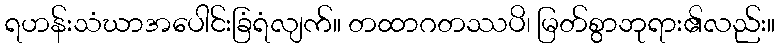
ရဟန်းသံဃာအပေါင်းခြံရံလျက်။ တထာဂတဿပိ၊ မြတ်စွာဘုရား၏လည်း။